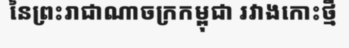
នៃព្រះរាជាណាចក្រកម្ពុជា រវាងកោះថ្មី